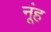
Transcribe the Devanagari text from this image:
नूंह